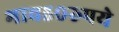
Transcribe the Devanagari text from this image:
भाव५०रुपये